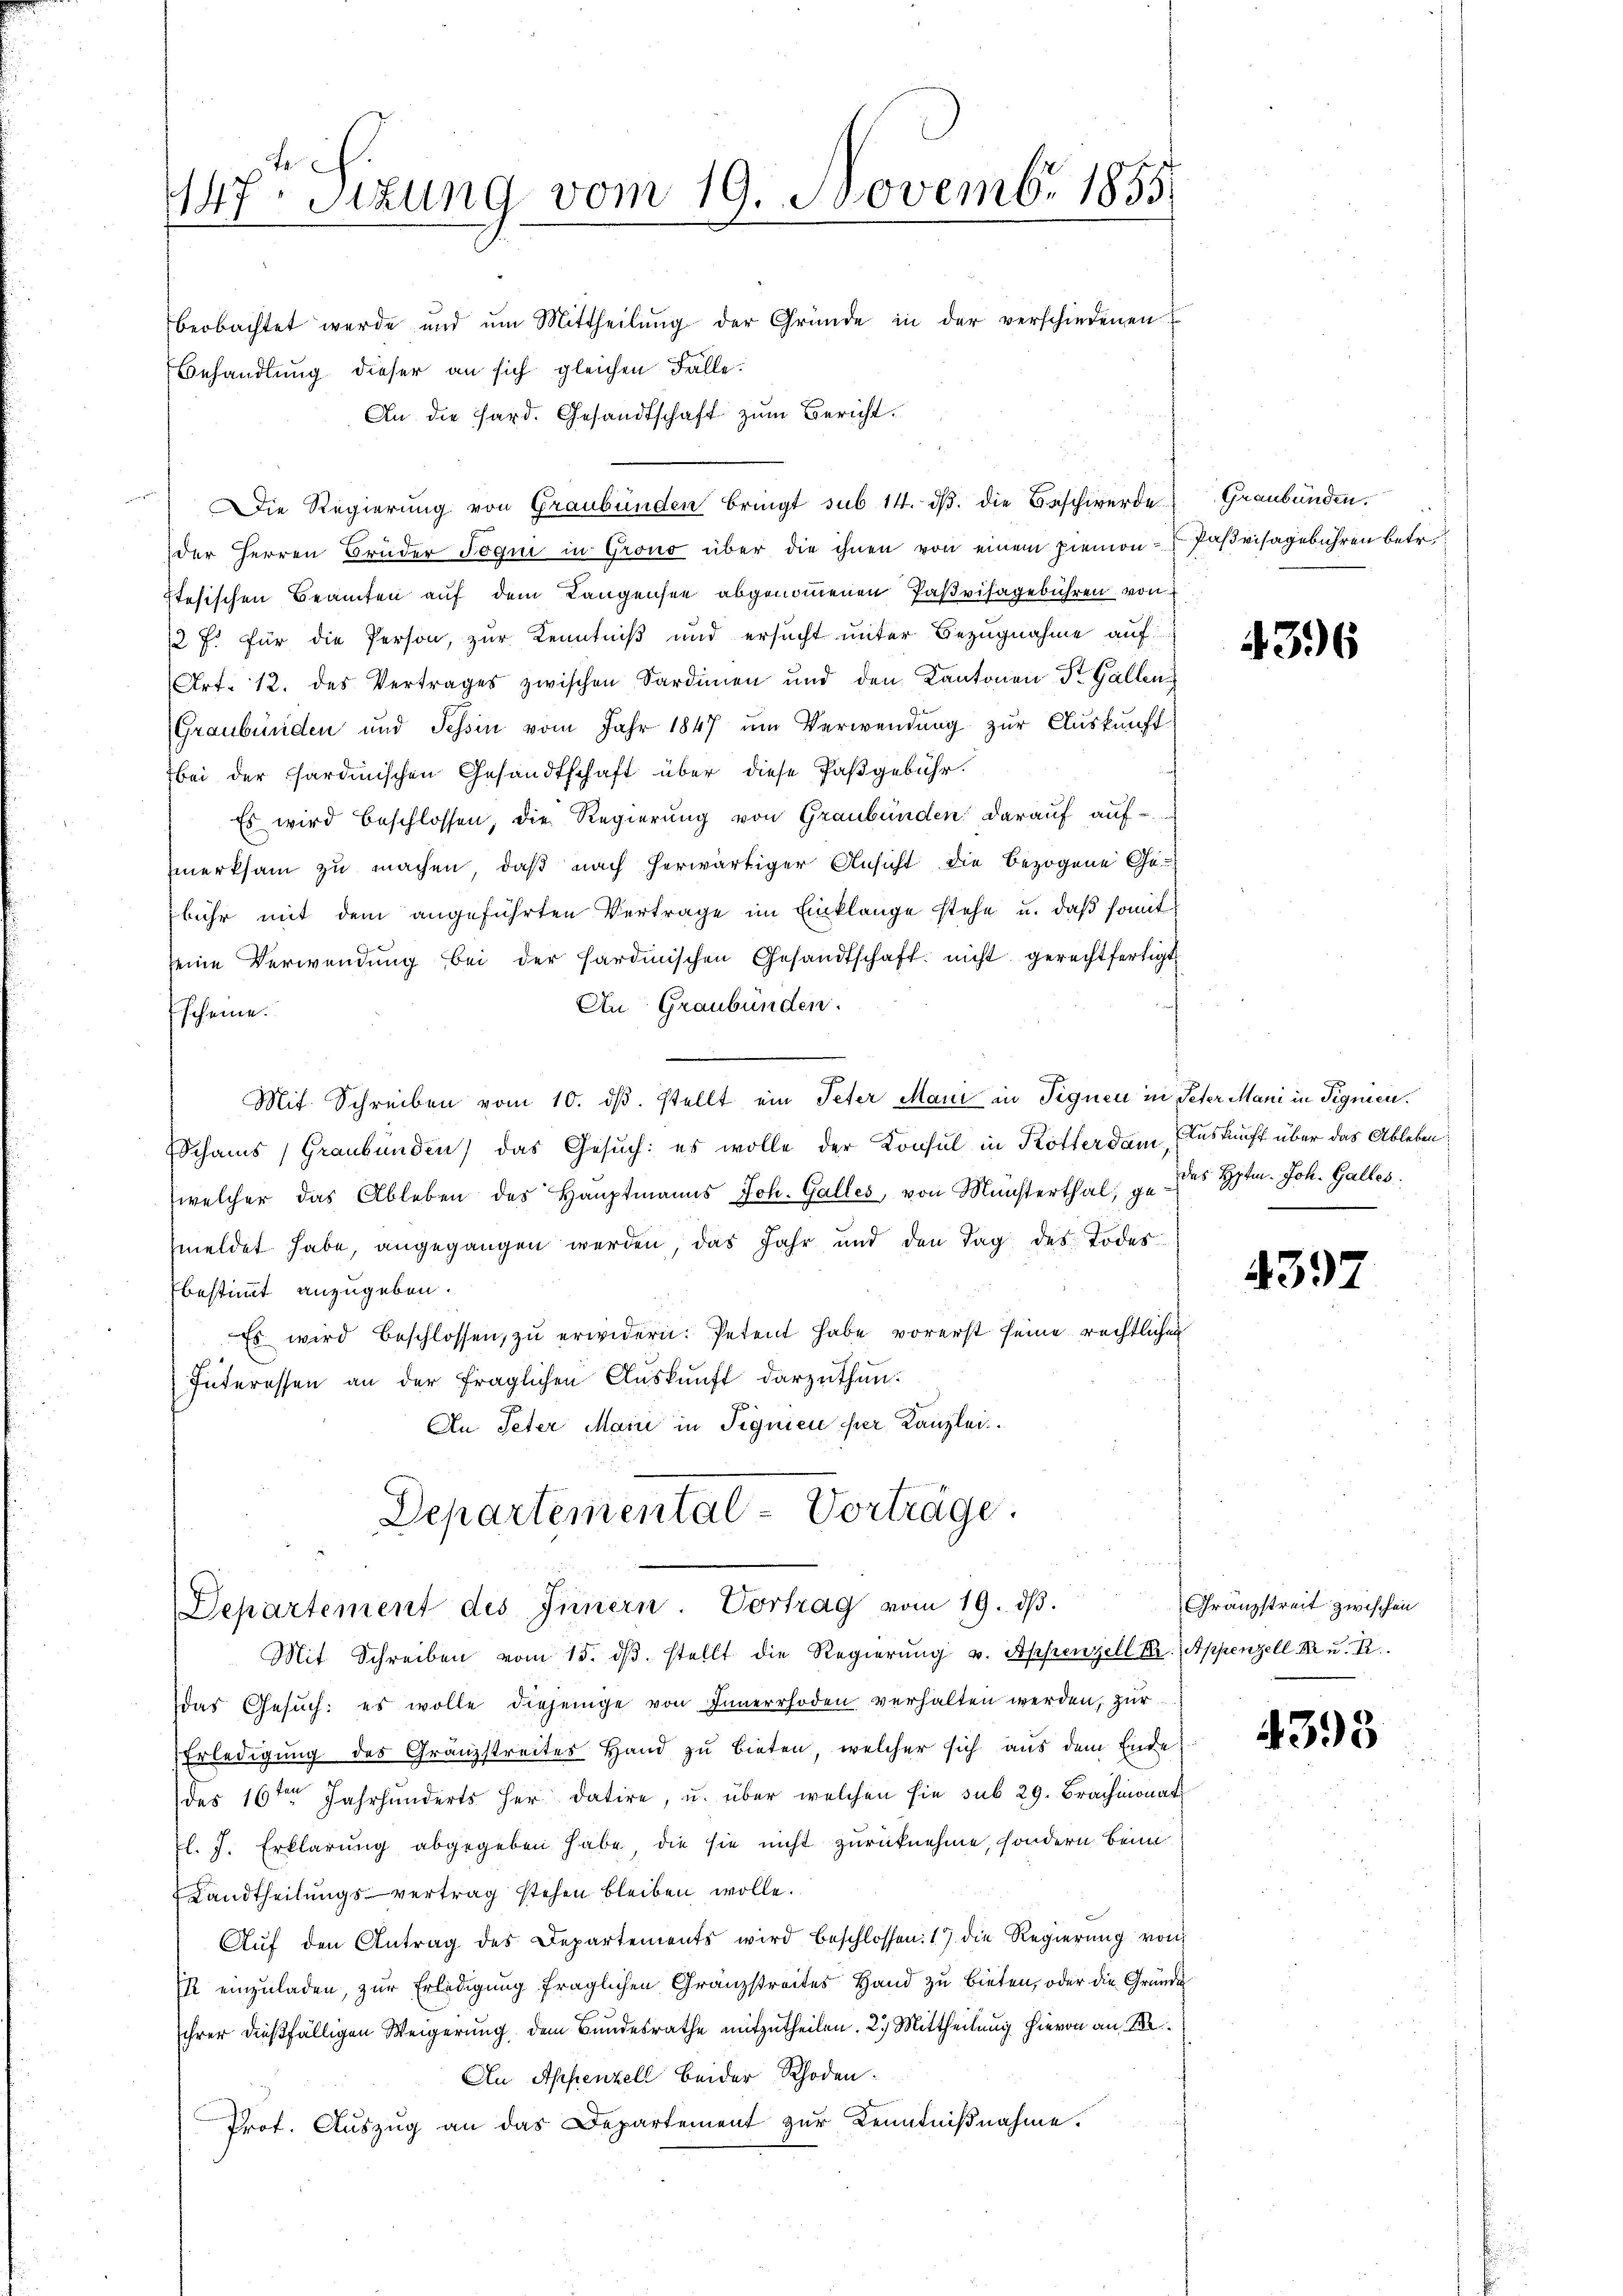
Er
447. Sizung vom 19. Novembr 1855
beobachtet werde und um Mittheilung der Gründe in der verschiedenen
Behandlung dieser an sich gleichen Fälle:
An die Hard. Gesandtschaft zum Bericht.

der Herren Brüder Jogni in Grono über die ihnen von einem hiemon
Itesischen Beamten auf dem Langensee abgenommenen Paßvisagebühren von
12 f. für die Person, zur Kenntniß und ersucht unter Bezugnahme auf
Art. 12. des Vertrages zwischen Sardinien und den Kantonen St. Gallen
(Graubünden und Tessin vom Jahr 1847 ŭm Verwendung zur Auskunft
bei der sardinischen Gesandtschaft über diese Paßgebühr.
Es wird beschlossen, die Regierung von Graubünden darauf aufmerksam zu machen, daß nach herwärtiger Ansicht die bezogene Ge¬
Ebühr mit dem angeführten Vertrage im Einklange stehe u. daβ somit
seine Verwendung bei der Hardinischen Gesandtschaft nicht gerechtfertigt
An Graubünden.
scheine.
Mit Schreiben vom 10. dβ. stellt ein Peter Mani in Fignen in Peter Mani in Signien.
Schams (Graubünden) das Gesŭch: es wolle der Konsul in Kotterdam, Auskunft über das Ableben:
welcher das Ableben des Hauptmanns Joh. Galles, von Münsterthal, gemeldet habe, angegangen werden, das Jahr und den Tag des Todesbestimmt anzugeben.
Es wird beschlossen, zu erwidern. Petent habe vorerst seine rechtlichen
Interessen an der fraglichen Auskunft darzuthun.
An Peter Marii in Signien hier Kanzlei
Departemental Vorträge.

Die Regierung von Graubünden bringt sub 14. dβ. die Beschwerde

Departement des Innern. Vortrag vom 19. dβ.

Mit Schreiben vom 15. dβ. stellt die Regierŭng u. Appenzell Kr. Appenzell M. u. R
das Gesuch: es wolle diejenige von Innerrhoden verhalten werden, zur
Erledigung des Gränzstreites Hand zu bieten, welcher sich aus dem Ende
des 16ten Jahrhunderts her datire, u. über welchen sie sub 29. Brachmonat
pl. J. Erklärung abgegeben habe, die sie nicht zurücknehme, sondern Beim
Landtheilungsvertrag stehen bleiben wolle.
Aŭf den Antrag des Departements wird beschlossen: 17 die Regierŭng von
I einzuladen, zur Erledigung fraglichen Granzstreites Hand zu bieten, oder die Gründe
ihrer dießfälligen Weigerung dem Bundesrathe mitzutheilen. 2. Mittheilung hievon an Re¬
Au Appenzell beider Rhoden:
Prot. Auszug an das Departement zur Kenntniβnahme.

Graubünden.
Pasvisagebühren betr

4396

das Hptm. Joh. Galles

4397

Gränzstreit zwischen

4393